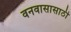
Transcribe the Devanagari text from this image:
वनवासासाठी